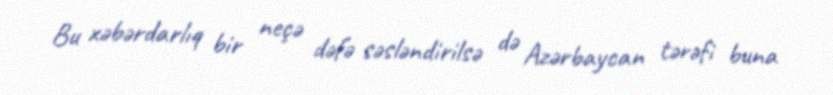
Bu xəbərdarlıq bir neçə dəfə səsləndirilsə də Azərbaycan tərəfi buna